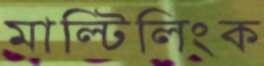
মাল্টিলিংক